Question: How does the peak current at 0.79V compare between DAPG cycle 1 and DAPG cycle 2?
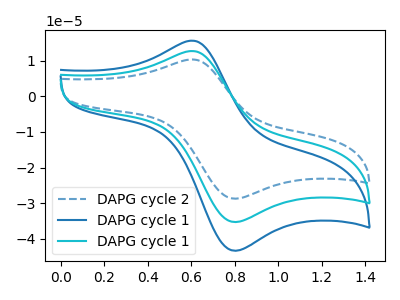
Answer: <think>The blue dashed curve "DAPG cycle 2" has an anodic peak at (0.60V, 10.35uA) and a cathodic peak at (0.80V, -28.70uA). The blue curve "DAPG cycle 1" has an anodic peak at (0.60V, 25.50uA) and a cathodic peak at (0.80V, -70.55uA). The cyan curve "DAPG cycle 1" has an anodic peak at (0.60V, 12.75uA) and a cathodic peak at (0.80V, -35.25uA).</think>
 <answer>The peak at 0.79V is higher in "DAPG cycle 1" than in "DAPG cycle 2".</answer>
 <eval>higher</eval>